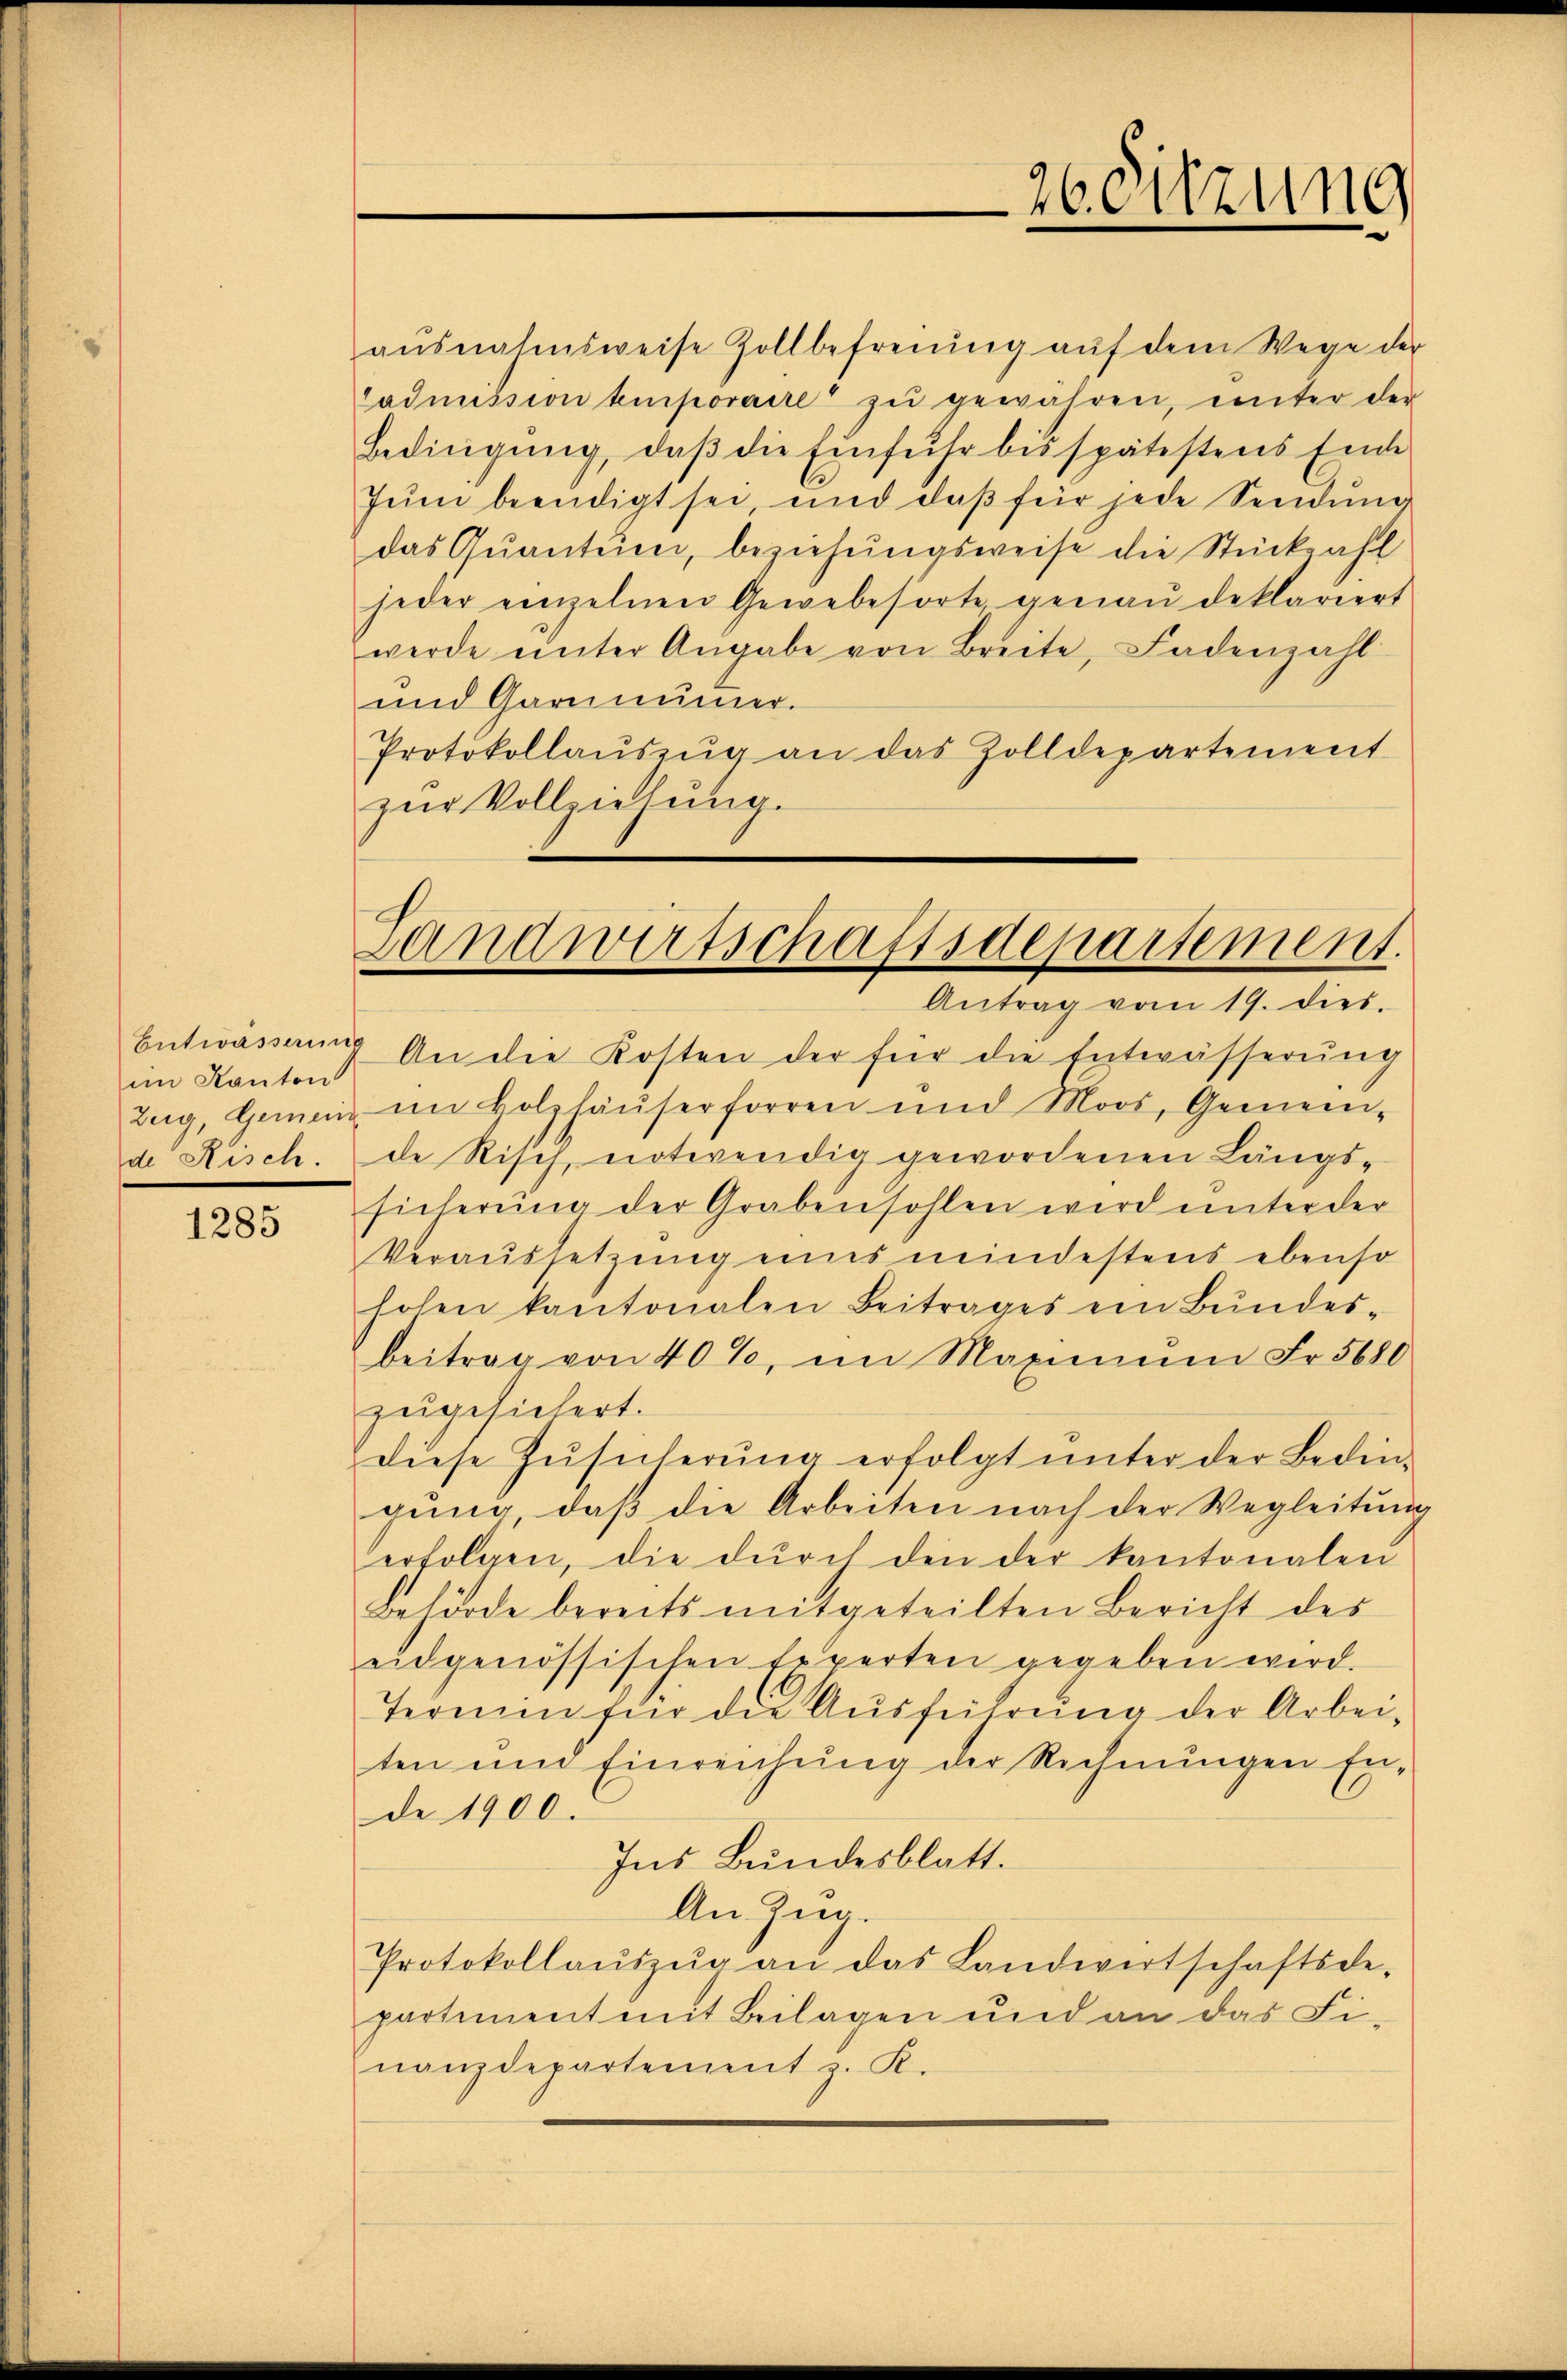
Entwässerung
im Kanton
Zeig, Gemeind
de Risch.

1285

aŭsnahmsweise Zollbefreiung aŭf dem Wege der
admission temporaire zŭ gewähren, unter der
Bedingŭng, daβ die Einfuhr bis spätestens Ende
Juni beendigt sei, und daβ für jede Sendung
das Quantum, beziehungsweise die Stückzahl
jeder einzelnen Gewebesorte genaŭ deklariert
werde ŭnter Angabe von Breite, Ladenzahl
und Garmier.
Protokollaŭszŭg an das Zolldepartement
zur Vollziehung.

Antrag vom 19. dies.
 An die Kosten der für die Entwässerŭng
im Holzhäuserforren und Moos, Gemein-
de Risch, notwendig gewordenen Längs-
sicherŭng der Grabensohlen wird unter der
Veraussetzung eines mindestens ebenso
hohen kantonalen Beitrages ein Bŭndes-
beitrag von 40%, im Maximŭm Fr. 5680
zugesichert.
diese Zŭsicherŭng erfolgt ŭnter der Bedin-
gŭng, daβ die Arbeiten nach der Wegleitŭng
erfolgen, die dŭrch den der kantonalen
Behörde bereits mitgeteilten Bericht des
eidgenössischen Experten gegeben wird.
Termin für die Ausführung der Arbei-
ten und Einreichung der Rechnungen Ende 1900.
Ins Bundesblatt.
An Zug.
Protokollaŭszŭg an das Landwirtschaftsde-
partement mit Beilagen und an das Fi-
nanzdepartement z. K.

26. Sitzung

Landwirtschaftsdepartement.